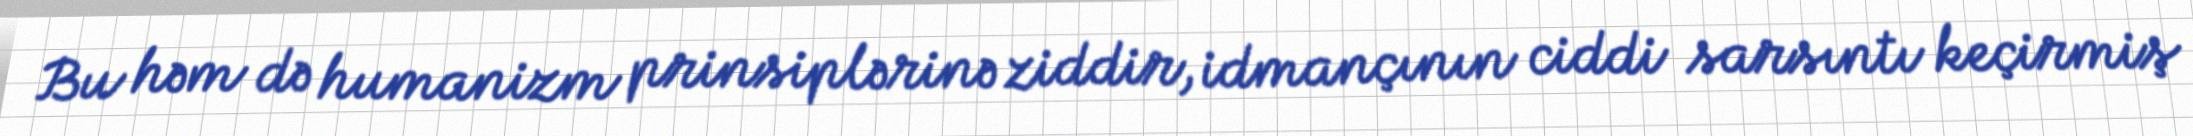
Bu həm də humanizm prinsiplərinə ziddir, idmançının ciddi sarsıntı keçirmiş